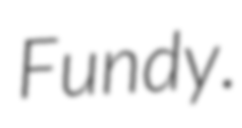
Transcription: Fundy.